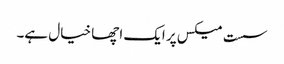
سست میکس پر ایک اچھا خیال ہے۔